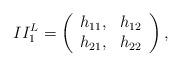
LaTeX: \begin{align*}II^L_1=\left( \begin{array}{cc} h_{11}, & h_{12}\\ h_{21}, & h_{22}\\ \end{array}\right),\end{align*}